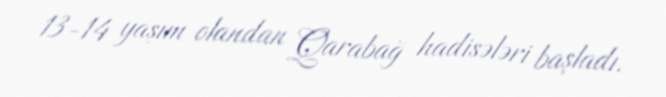
13-14 yaşım olandan Qarabağ hadisələri başladı.